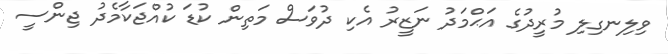
ވިލިނގިލި މުރީދުގެ އަޙްމަދު ނަޒީރު އެކި ދުވަސް މަތިން ކުޑަ ކުއްޖަކާމެދު ޖިންސީ